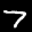
Label: 7